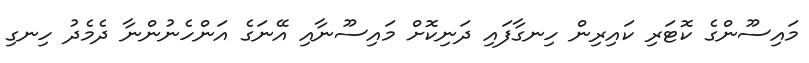
މައިސޫންގެ ކޮޓަރި ކައިރިން ހިނގާފައި ދަނިކޮށް މައިސޫނާއި އޭނަގެ އަންހެނުންނާ ދެމެދު ހިނގި